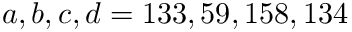
a , b , c , d = 1 3 3 , 5 9 , 1 5 8 , 1 3 4